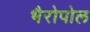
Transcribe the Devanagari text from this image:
भैरोपोल